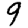
Digit: 9